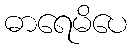
ဓာရေမိပေ